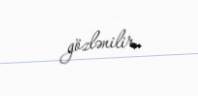
gözlənilir.